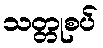
သတ္တုစပ်